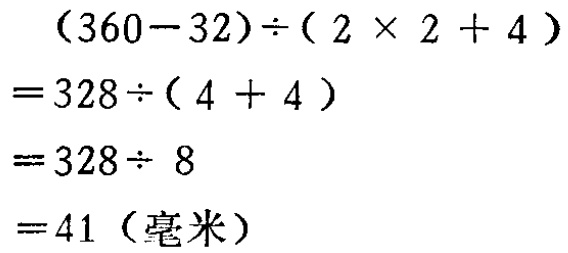
\[(360 - 32)\div(2\times2 + 4)\\
=328\div(4 + 4)\\
=328\div8\\
=41 (\text{毫米})\]